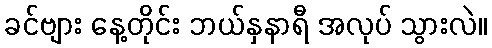
ခင်ဗျား နေ့တိုင်း ဘယ်နှနာရီ အလုပ် သွားလဲ။